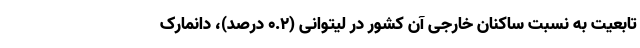
تابعیت به نسبت ساکنان خارجی آن کشور در لیتوانی (۰.۲ درصد)، دانمارک